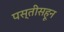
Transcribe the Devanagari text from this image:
पस्‍तीसहून